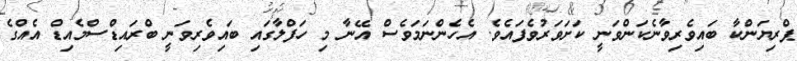
ޕްރިޔަންކާ ބައިވެރިވާނެކަންވަނީ ކަށަވަރުވެފައެވެ. އެހެންނަމަވެސް އޭނާ މި ހަފްލާގައި ބައިވެރިވަނީ ބްރައިޑްސްމެއިޑް އެއްގެ